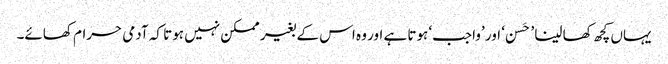
یہاں کچھ کھا لینا ’حَسن ‘ اور ’واجب‘ ہوتا ہے اور وہ اس کے بغیر ممکن نہیں ہوتا کہ آدمی حرام کھائے۔